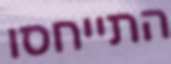
התייחסו